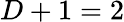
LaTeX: D+1=2